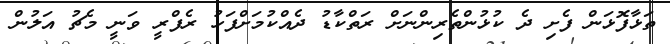
ތަޅާފޮޅަން ފެށި ދެ ކުޅުންތެރިންނަށް ރަތްކާޑު ދެއްކުމަށްފަހު ރެފްރީ ވަނީ މެޗު އަލުން